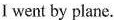
I went by plane.